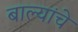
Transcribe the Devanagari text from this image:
बाल्यांचे